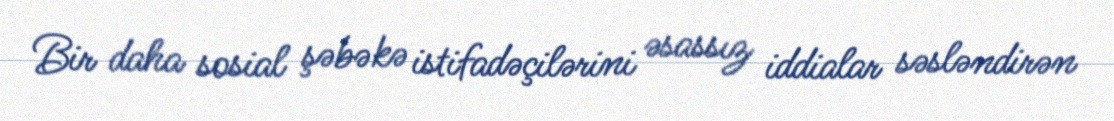
Bir daha sosial şəbəkə istifadəçilərini əsassız iddialar səsləndirən